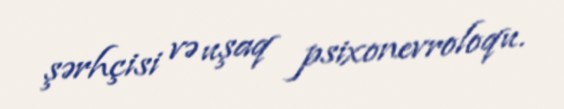
şərhçisi və uşaq psixonevroloqu.